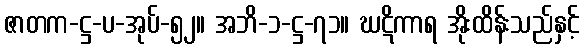
ဇာတက-ဋ္ဌ-ပ-အုပ်-၅၂။ အဘိ-၁-ဋ္ဌ-၇၁။ ဃဋိကာရ အိုးထိန်းသည်နှင့်